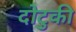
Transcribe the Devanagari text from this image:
दोटुकी